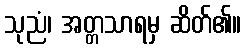
သုညံ၊ အတ္တသာရမှ ဆိတ်၏။